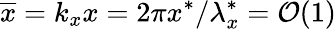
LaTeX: \overline{{x}}=k_{x}x=2\pi x^{\ast}/\lambda_{x}^{\ast}=\mathcal{O}(1)